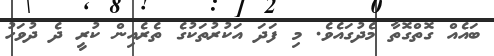
ބައެއް ގޮތްގޮތާ މެދުގައެވެ. މި ފަދަ އަކުރުތަކުގެ ތެރެއިން ކުރީ ދެ ދުވަހު